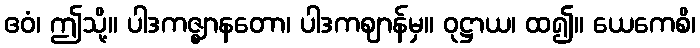
ဧဝံ၊ ဤသို့။ ပါဒကဇ္ဈာနတော၊ ပါဒကဈာန်မှ။ ဝုဋ္ဌာယ၊ ထ၍။ ယေကေစိ၊